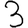
Digit: 3